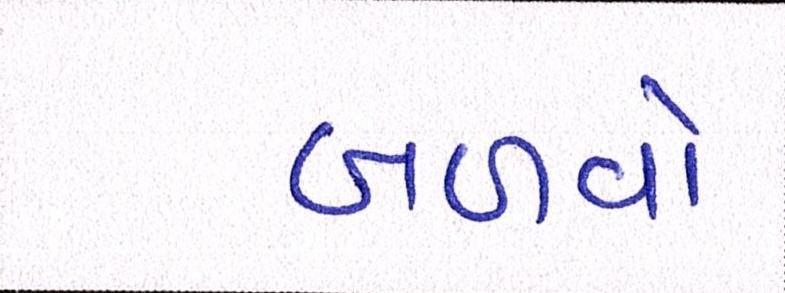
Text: બળવો